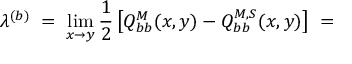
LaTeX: \lambda ^ { ( b ) } \; = \; \operatorname * { l i m } _ { x \rightarrow y } \frac { 1 } { 2 } \left[ Q _ { b b } ^ { M } ( x , y ) - Q _ { b b } ^ { M , S } ( x , y ) \right] \; =